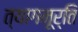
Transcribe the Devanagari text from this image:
त्यागमूर्ति